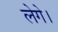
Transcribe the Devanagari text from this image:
लेगे।